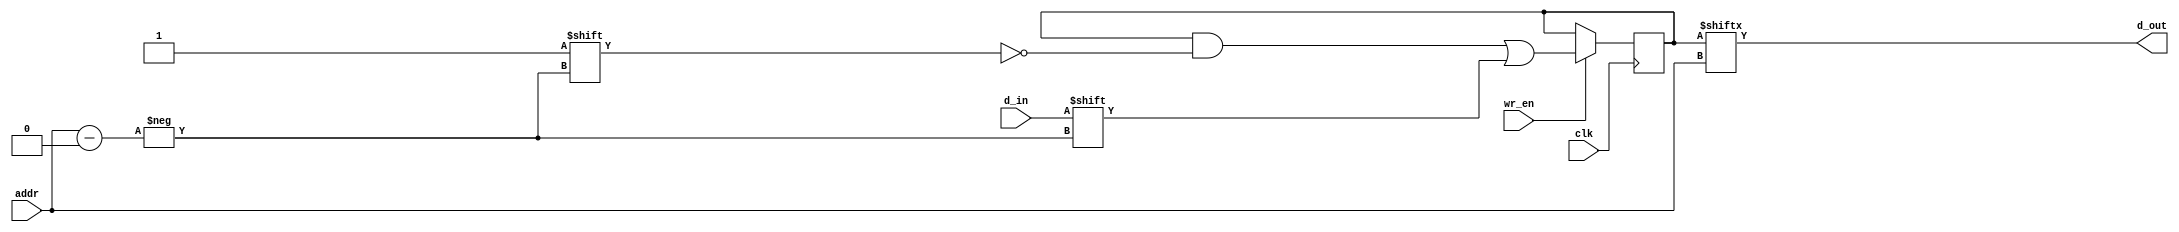
// SPRAM 4x1 for implementation in LUT4-RAM
// Asynchronous reading

module spram_4x1 (
	input	 	clk,
	input[1:0]	addr,
	input		d_in,
	input		wr_en,
	output		d_out );

	reg[3:0]	mem;

	assign d_out = mem[addr];

	always @(posedge clk) begin
		if(wr_en) begin
			mem[addr] <= d_in;
		end
	end

endmodule